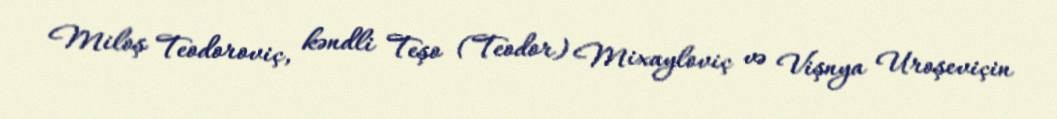
Miloş Teodoroviç, kəndli Teşo (Teodor) Mixayloviç və Vişnya Uroşeviçin